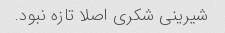
شیرینی شکری اصلا تازه نبود.